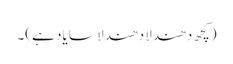
(کچھ دھندلا دھندلا سا یاد ہے)۔